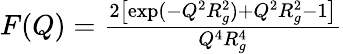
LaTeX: \begin{array}{r}{F(Q)=\frac{2\left[\exp(-Q^{2}R_{g}^{2})+Q^{2}R_{g}^{2}-1\right]}{Q^{4}R_{g}^{4}}}\end{array}